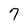
Character: 7